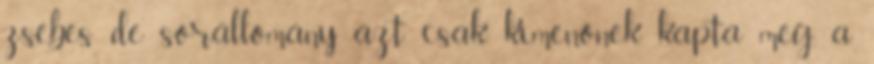
zsebes de sorállomány azt csak kimenőnek kapta meg, a